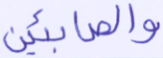
والصابئين